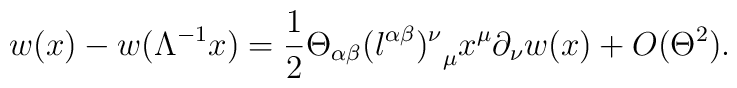
w(x) - w(\Lambda ^{-1} x) = \frac{1}{2} \Theta _{\alpha \beta}{(l^{\alpha \beta})^{\nu}}_{\mu} x^{\mu} \partial_{\nu} w(x)+ O (\Theta ^2).